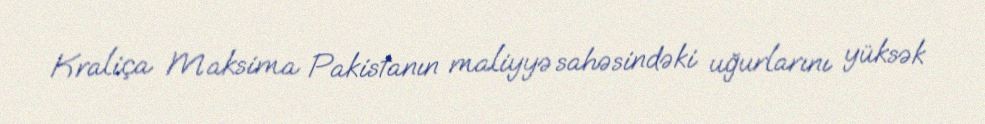
Kraliça Maksima Pakistanın maliyyə sahəsindəki uğurlarını yüksək